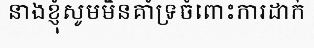
នាងខ្ញុំសូមមិនគាំទ្រចំពោះការដាក់